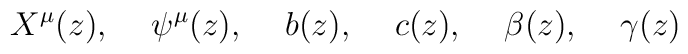
X^{\mu}(z), \hspace{.5cm} \psi^{\mu}(z), \hspace{.5cm} b(z),\hspace{.5cm} c(z), \hspace{.5cm} \beta(z), \hspace{.5cm}\gamma(z)